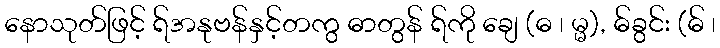
နောသုတ်ဖြင့် ရ်အနုဗန်နှင့်တကွ ဓာတွန် ရ်ကို ချေ (ဓ ၊ မ္မ), ဓ်ခွင်း (ဓ် ၊